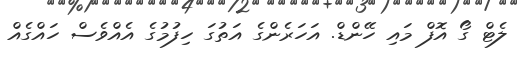
ލެޓް ގޯ އޮފް މައި ހޭންޑް. އަހަރެންގެ އަތުގަ ހިފުމުގެ އެއްވެސް ހައްގެއް